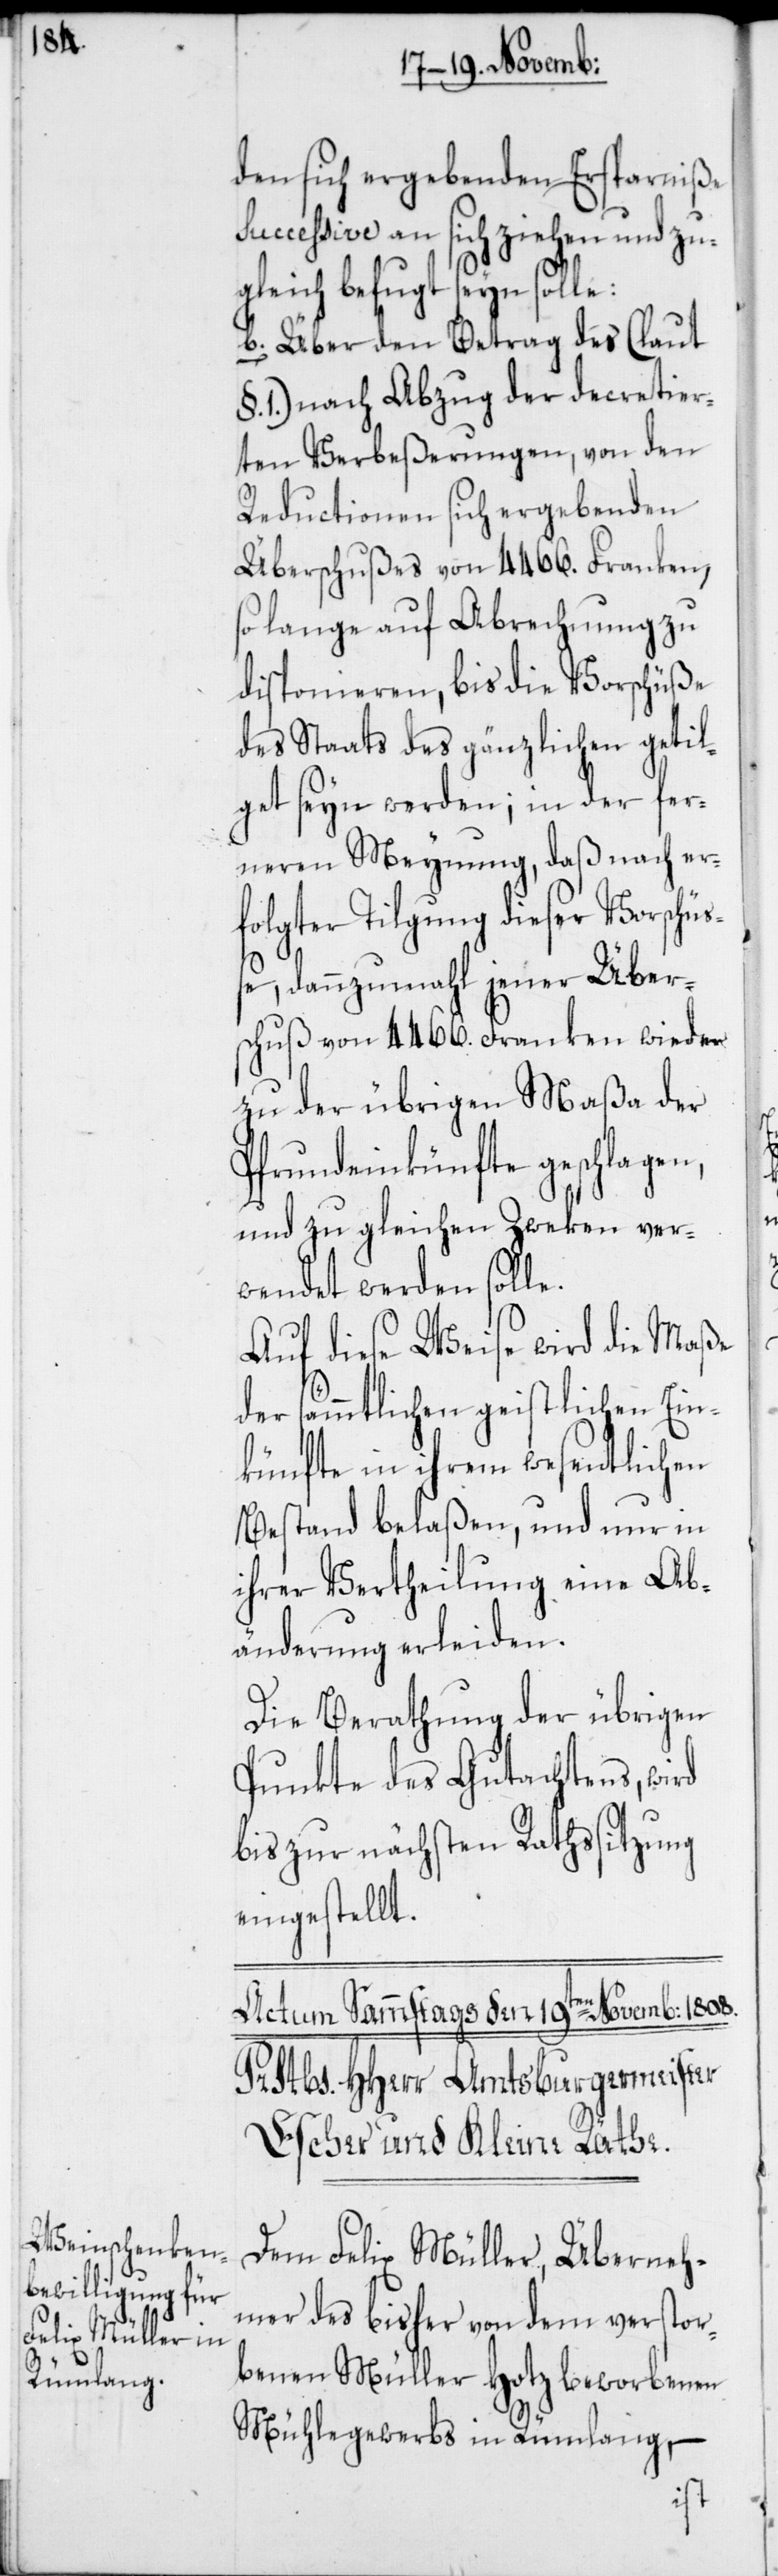
den sich ergebenden Ersparniße
successive an sich ziehen und zu¬
gleich befugt seyn solle:
b.) Über den Betrag des (laut
1.) nach Abzug der decretier¬
ten Verbeßerungen, von den
Reductionen sich ergebenden
Überschußes von 4466. Franken,
so lange auf Abrechnung zu
disponieren, bis die Vorschüße
des Staats des gänzlichen getil¬
get seyn werden; in der fer¬
neren Meynung, daß nach er¬
folgter Tilgung dieser Vorschüß¬
e, dannzumahl jener Über¬
schuß von 4466. Franken wieder
zu der übrigen Maßa der
Pfrundeinkünfte geschlagen,
und zu gleichen Zweken ver¬
wendet werden solle.
Auf diese Weise wird die Maße
der sämmtlichen geistlichen Ein¬
künfte in ihrem wesentlichen
Bestand belaßen, und nur in
ihrer Vertheilung eine Ab¬
änderung erleiden.
Die Berathung der übrigen
Punkte des Gutachtens, wird
bis zur nächsten Rathssitzung
eingestellt.
Dem Felix Müller, Überneh¬
mer des bisher von dem verstor¬
benen Müller Hotz beworbenen
Mühlegewerbs in Rümlang, –